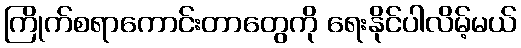
ကြိုက်စရာကောင်းတာတွေကို ရေးနိုင်ပါလိမ့်မယ်